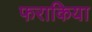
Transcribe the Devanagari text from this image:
फराकिया